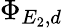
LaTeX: \Phi_{E_{2},d}